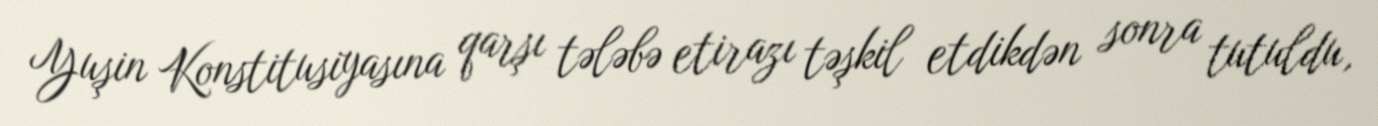
Yuşin Konstitusiyasına qarşı tələbə etirazı təşkil etdikdən sonra tutuldu,